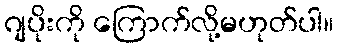
ဂျပိုးကို ကြောက်လို့မဟုတ်ပါ။